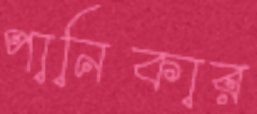
পানিকার